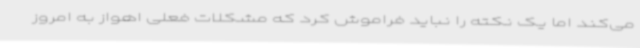
می‌کند اما یک نکته را نباید فراموش کرد که مشکلات فعلی اهواز به امروز